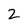
Character: 2